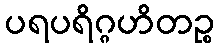
ပရပရိဂ္ဂဟိတဉ္စ